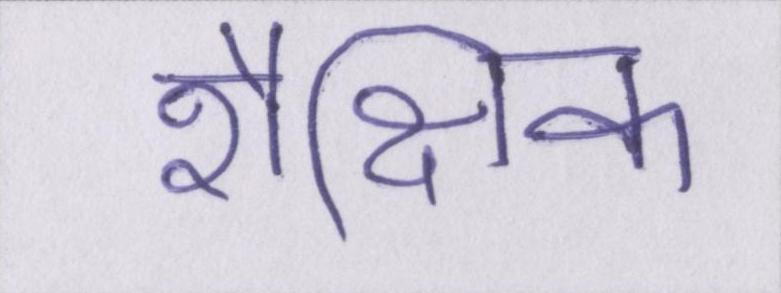
शैक्षिक